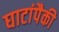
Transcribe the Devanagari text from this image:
घाटांपैकी